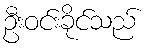
ဦးဝင်းခိုင်သည်